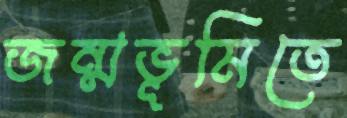
জন্মভূমিতে